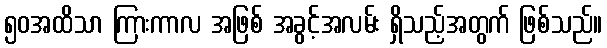
၅၀အထိသာ ကြားကာလ အဖြစ် အခွင့်အလမ်း ရှိသည့်အတွက် ဖြစ်သည်။